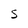
Character: S